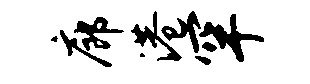
廊港罕